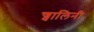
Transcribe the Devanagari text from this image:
ज्वालिनी